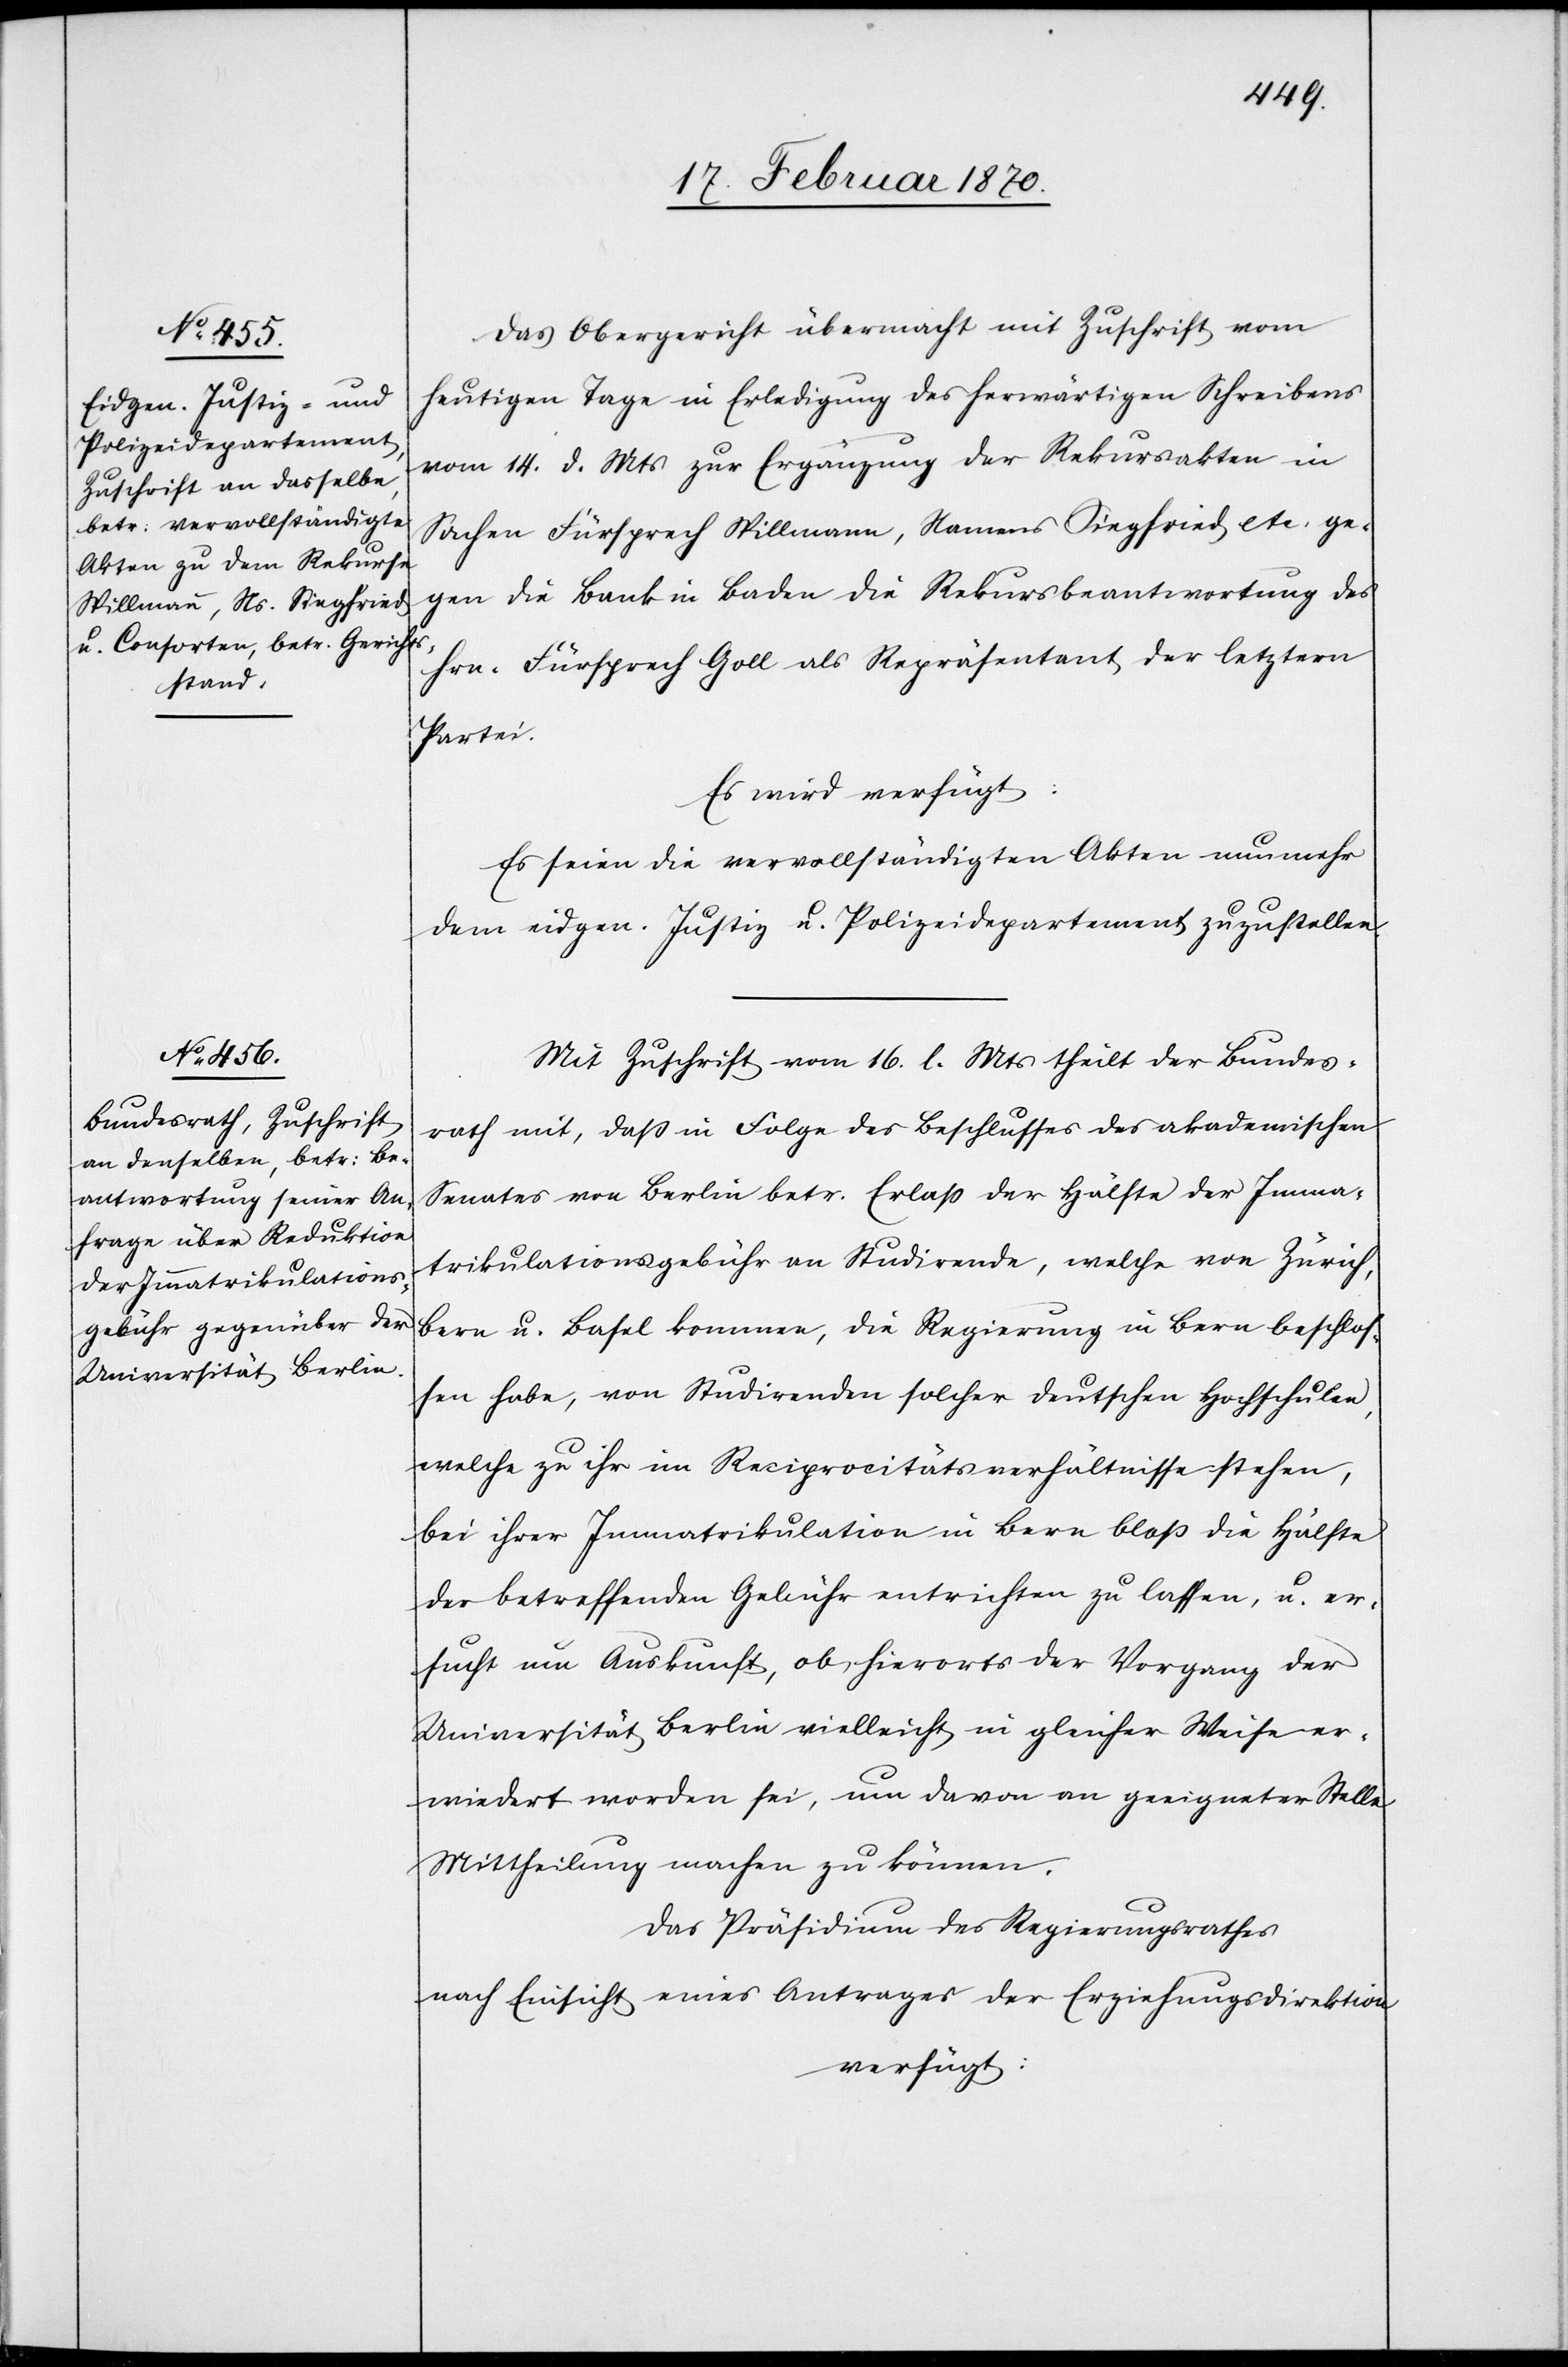
19. Februar 1870.]
Das Obergericht übermacht mit Zuschrift vom
heutigen Tage in Erledigung des herwärtigen Schreibens
vom 14. d. Mts zur Ergänzung der Rekursakten in
Sachen Fürsprech Spillmann, Namens Siegfried etc. ge¬
gen die Bank in Baden die Rekursbeantwortung des
Hrn. Fürsprech Goll als Repräsentant der letztern
Partei.
Es wird verfügt:
Es seien die vervollständigten Akten nun mehr
dem eidgen. Justiz[-] u. Polizeidepartement zuzustellen.
Mit Zuschrift vom 16. l. Mts theilt der Bundes¬
rath mit, daß in Folge des Beschlusses des akademischen
Senates von Berlin betr. Erlaß der Hälfte der Imma¬
trikulationsgebühr an Studirende, welche von Zürich,
Bern u. Basel kommen, die Regierung in Bern beschlos¬
sen habe, von Studirenden solcher deutschen Hochschulen,
welche zu ihr im Reciprocitätsverhältnisse stehen,
bei ihrer Immatrikulation in Bern bloß die Hälfte
der betreffenden Gebühr entrichten zu lassen, u. er¬
sucht nun Auskunft, ob, hierorts der Vorgang der
Universität Berlin vielleicht in gleicher Weise er¬
wiedert worden sei, um davon an geeigneter Stelle
Mittheilung machen zu können.
Das Präsidium des Regierungsrathes
nach Einsicht eines Antrages der Erziehungsdirektion
verfügt: